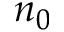
n _ { 0 }